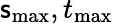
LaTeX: \mathsf{s}_{\mathrm{{max}}},t_{\mathrm{{max}}}